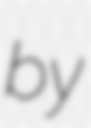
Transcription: by